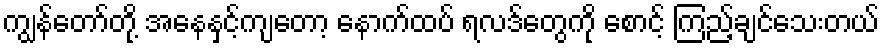
ကျွန်တော်တို့ အနေနှင့်ကျတော့ နောက်ထပ် ရလဒ်တွေကို စောင့် ကြည့်ချင်သေးတယ်